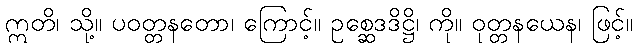
ဣတိ၊ သို့။ ပဝတ္တနတော၊ ကြောင့်။ ဥစ္ဆေဒဒိဋ္ဌိ၊ ကို။ ဝုတ္တနယေန၊ ဖြင့်။